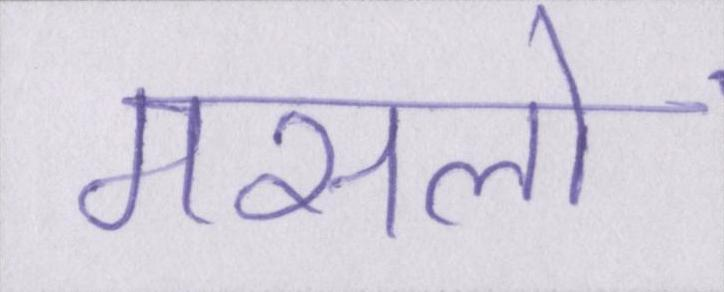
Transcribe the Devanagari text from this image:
मसलों